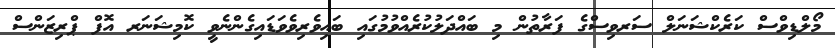
މޯލްޑިވްސް ކަރެކްޝަނަލް ސަރވިސްގެ ފަރާތުން މި ބައްދަލުކުރެއްވުމުގައި ބައިވެރިވެވަޑައިގެންނެވީ ކޮމިޝަނަރ އޮފް ޕްރިޒަންސް